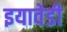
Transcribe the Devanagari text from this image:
इयावेडी